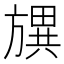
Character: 𣄗